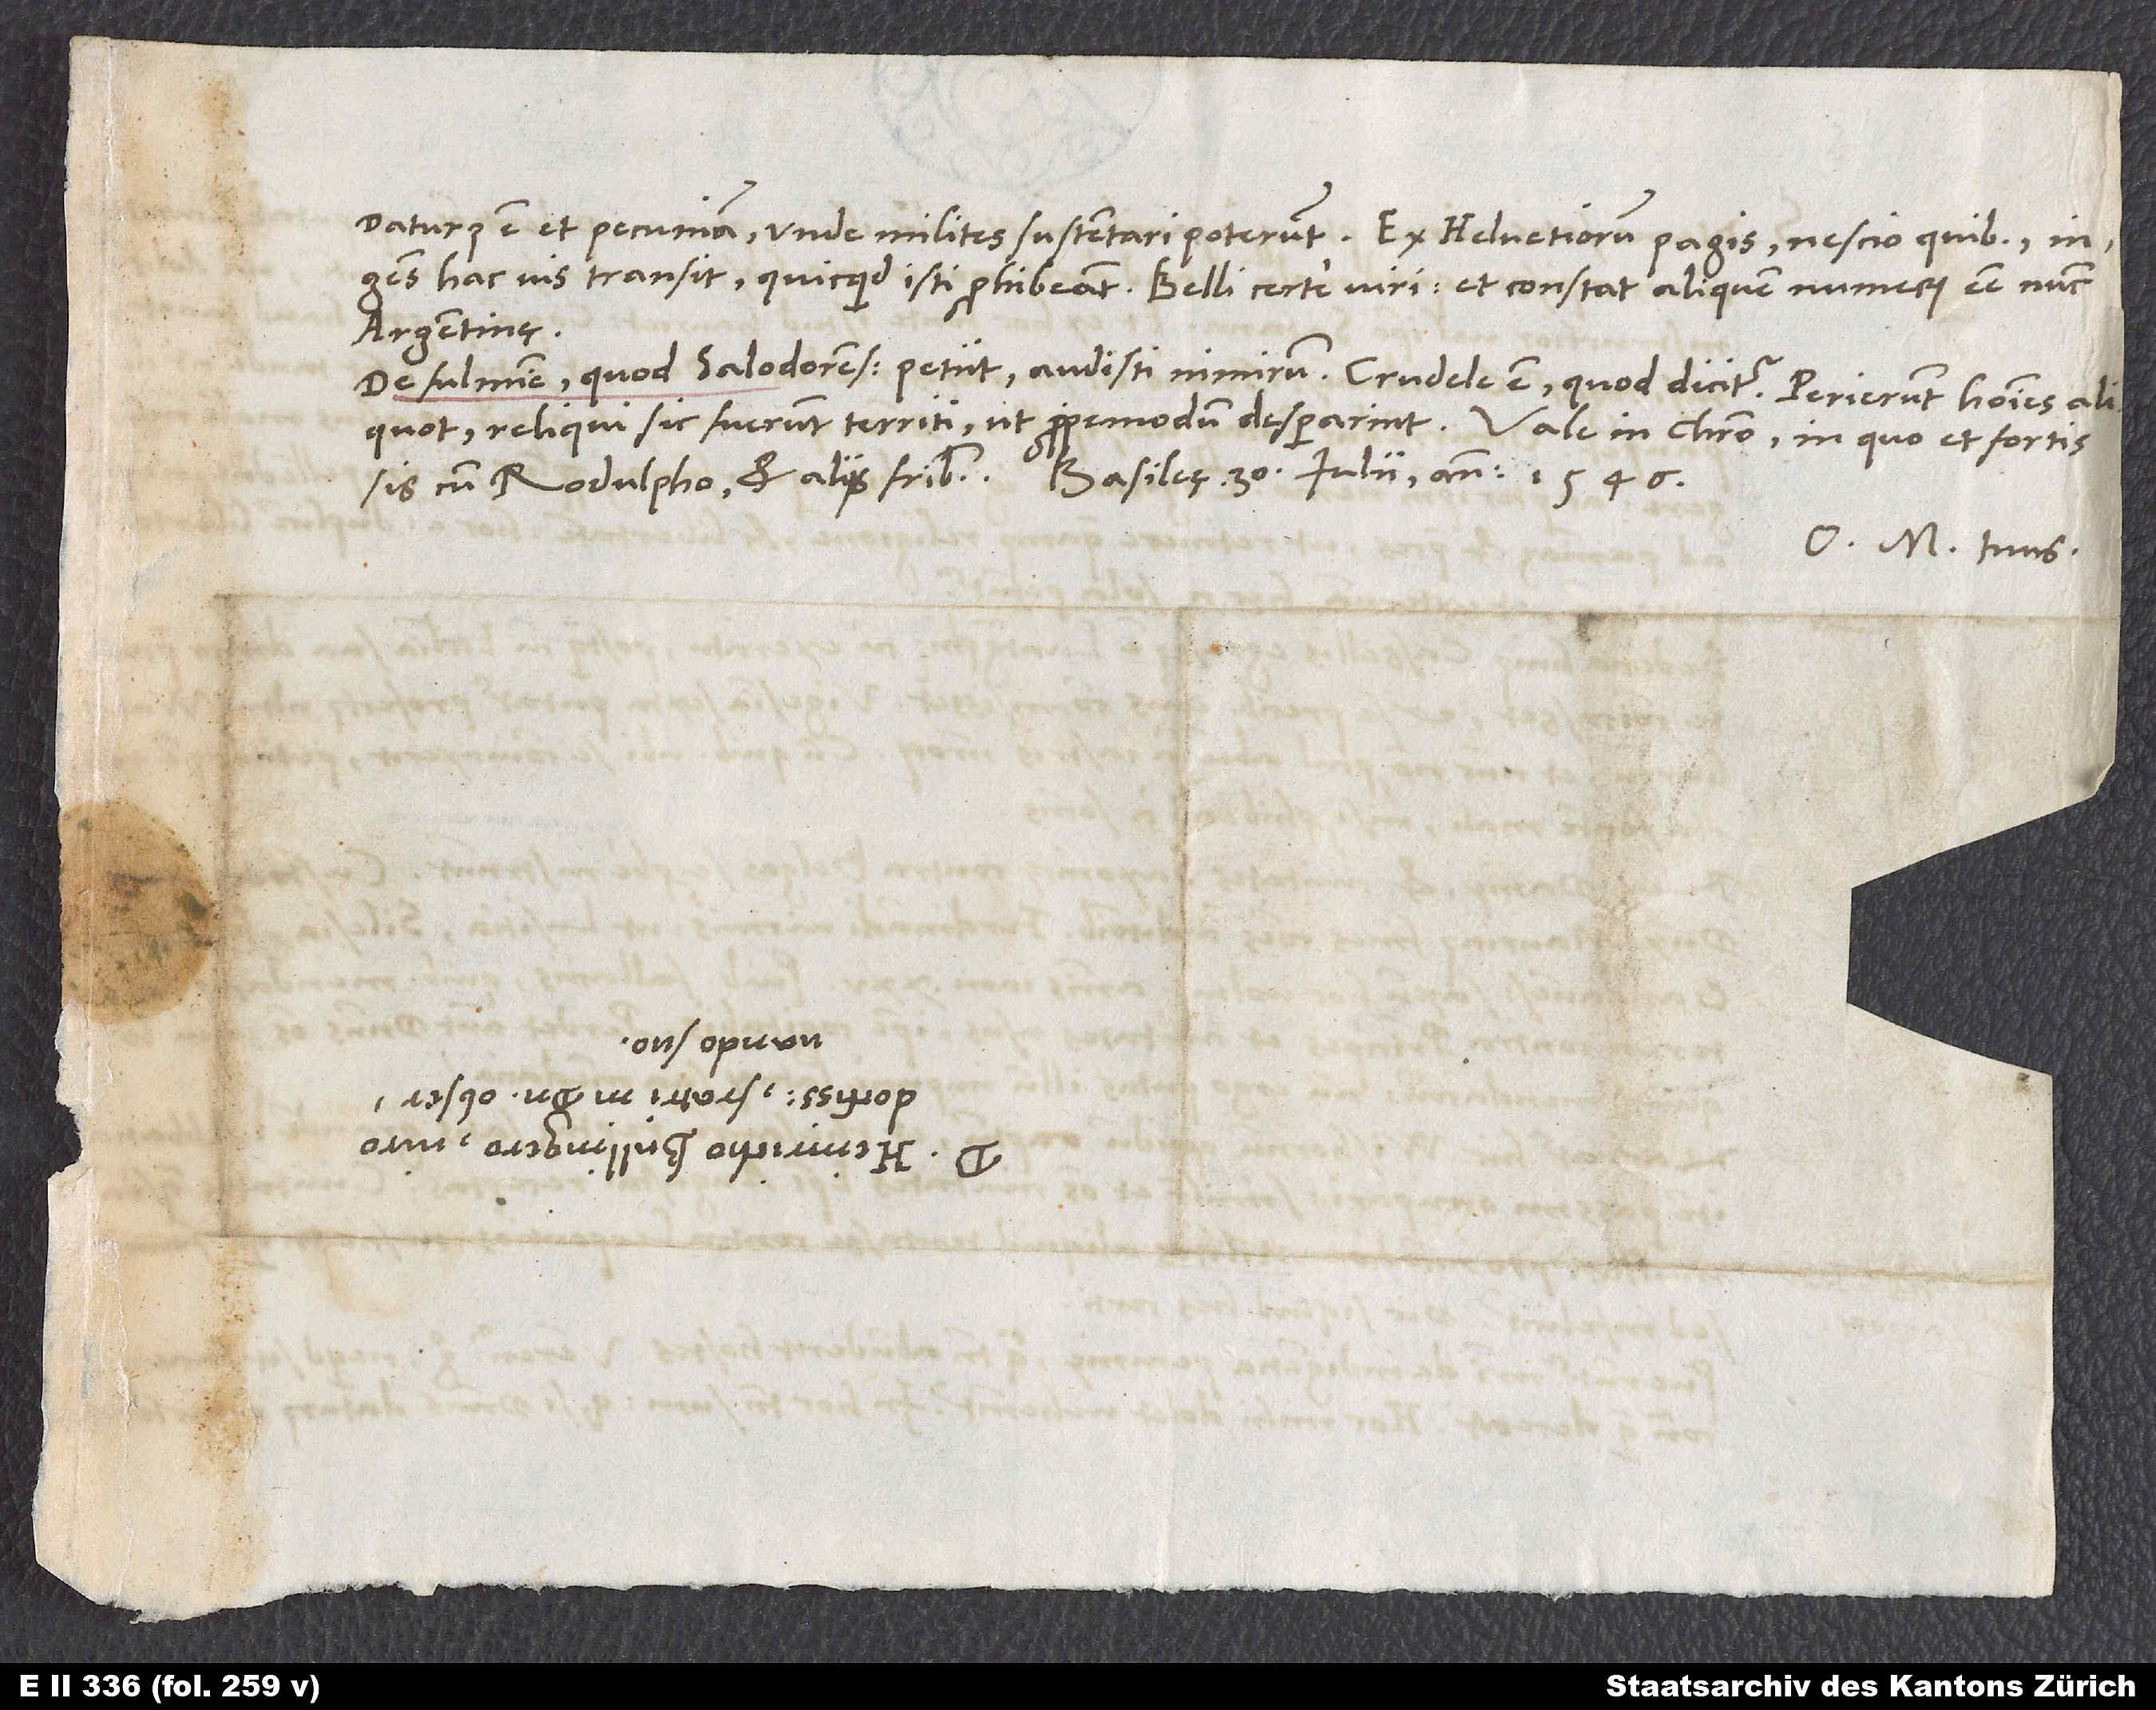
daturus est et pecuniam, unde milites sustentari poterunt. Ex Helvetiorum Pagis nescio quibus
hac vis transit, quicquid isti prohibeant - belli certe viri. Et constat aliquem numerum esse nunc
Argentinę.
De fulmine, quod Salodorenses petiit, audisti nimirum. Crudele est, quod dicitur. Perierunt homines aliquot.
cum Rodulpho et aliis fratribus. Basileę, 30. iulii anno 1546.
O. M. tuus.